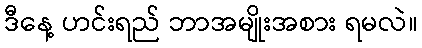
ဒီနေ့ ဟင်းရည် ဘာအမျိုးအစား ရမလဲ။